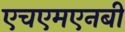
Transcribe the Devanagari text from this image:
एचएमएनबी